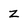
Character: z